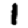
Digit: 1